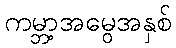
ကမ္ဘာ့အမွေအနှစ်